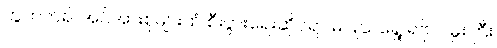
တွဲဘက်၍ အင်အားစုများထံ စီးပွားရေးဆိုင်ရာ မပြုသရွေ့ ရဲဗိုလ်မှူးကြီး